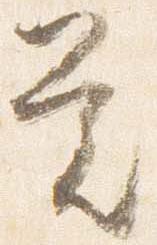
覚